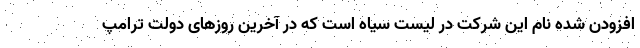
افزودن شده نام این شرکت در لیست سیاه است که در آخرین روزهای دولت ترامپ